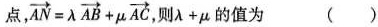
点，$$\overrightarrow { A N } = \lambda \overrightarrow { A B } + \mu \overrightarrow { A C }$$，则$$\lambda + \mu$$的值为 ()